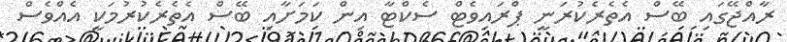
ރާއްޖޭގައި ބޭސް އެތެރެކުރަނީ ޕްރައިވެޓް ސެކްޓާ އިން ކަމަށާއި ބޭސް އެތެރެކުރުމަކީ އެއްވެސް